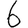
Digit: 6